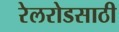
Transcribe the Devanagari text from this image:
रेलरोडसाठी